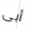
أبى